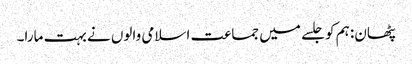
پٹھان: ہم کو جلسے میں جماعت اسلامی والوں نے بہت مارا۔